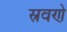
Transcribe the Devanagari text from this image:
स्रवणे